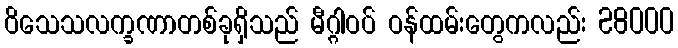
ဝိသေသလက္ခဏာတစ်ခုရှိသည် မီဂ္ဂါဝပ် ဝန်ထမ်းတွေကလည်း 28000